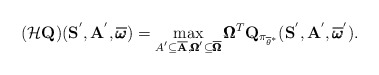
\begin{align*} (\mathcal{H}\mathbf{Q})(\mathbf{S}^{'}, \mathbf{A}^{'}, \overline{\pmb{\omega}}) = \max_{A^{'} \subseteq \overline{\mathbf{A}}, \pmb{\Omega}^{'} \subseteq \overline{\pmb{\Omega}}} \pmb{\Omega}^T\mathbf{Q}_{\pi_{\overline{\theta}^{*}}}(\mathbf{S}^{'}, \mathbf{A}^{'}, \overline{\pmb{\omega}}^{'}).\end{align*}